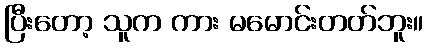
ပြီးတော့ သူက ကား မမောင်းတတ်ဘူး။